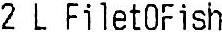
2 L FILETOFISH